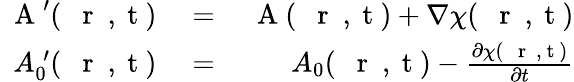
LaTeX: \begin{array}{rlr}{\mathrm{~\mathbf~A~}^{\prime}(\mathrm{~{~\mathbf~r~}~,~t~})}&{{}=}&{\mathrm{~\mathbf~A~}(\mathrm{~{~\mathbf~r~}~,~t~})+\nabla\chi(\mathrm{~{~\mathbf~r~}~,~t~})}\\ {A_{0}^{\; \prime}(\mathrm{~{~\mathbf~r~}~,~t~})}&{{}=}&{A_{0}(\mathrm{~{~\mathbf~r~}~,~t~})-\frac{\partial\chi(\mathrm{~{~\mathbf~r~}~,~t~})}{\partial t}}\end{array}